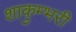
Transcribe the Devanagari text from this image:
शाकुम्भरी